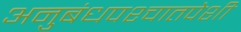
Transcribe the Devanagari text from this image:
अनुबंधपश्चातपेशी